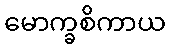
မောက္ခစိကာယ